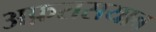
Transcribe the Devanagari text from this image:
अफ़रासयाब